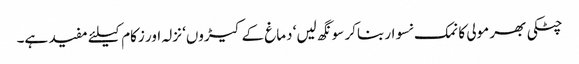
چٹکی بھر مولی کا نمک نسوار بناکر سونگھ لیں‘ دماغ کے کیڑوں‘ نزلہ اور زکام کیلئے مفید ہے۔